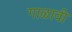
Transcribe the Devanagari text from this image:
गाळावी